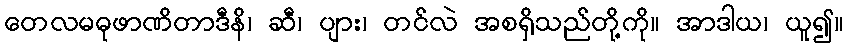
တေလမဓုဖာဏိတာဒီနိ၊ ဆီ၊ ပျား၊ တင်လဲ အစရှိသည်တို့ကို။ အာဒါယ၊ ယူ၍။